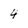
Character: 4